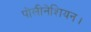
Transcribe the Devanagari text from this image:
पोलीनेशियन।